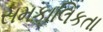
સમકાલિકતા